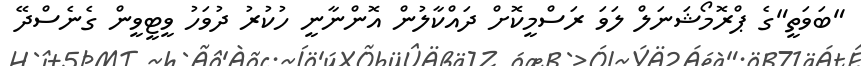
"ބަވަތީ"ގެ ޕްރޮމޯޝަނަލް ލަވަ ރަސްމީކޮށް ދައްކާލުން އޮންނާނީ ހުކުރު ދުވަހު ވީޓީވީން ގެނެސްދޭ